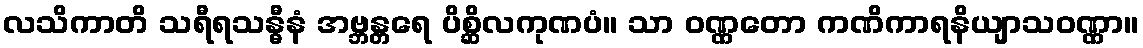
လသိကာတိ သရီရသန္ဓီနံ အဗ္ဘန္တရေ ပိစ္ဆိလကုဏပံ။ သာ ဝဏ္ဏတော ကဏိကာရနိယျာသဝဏ္ဏာ။